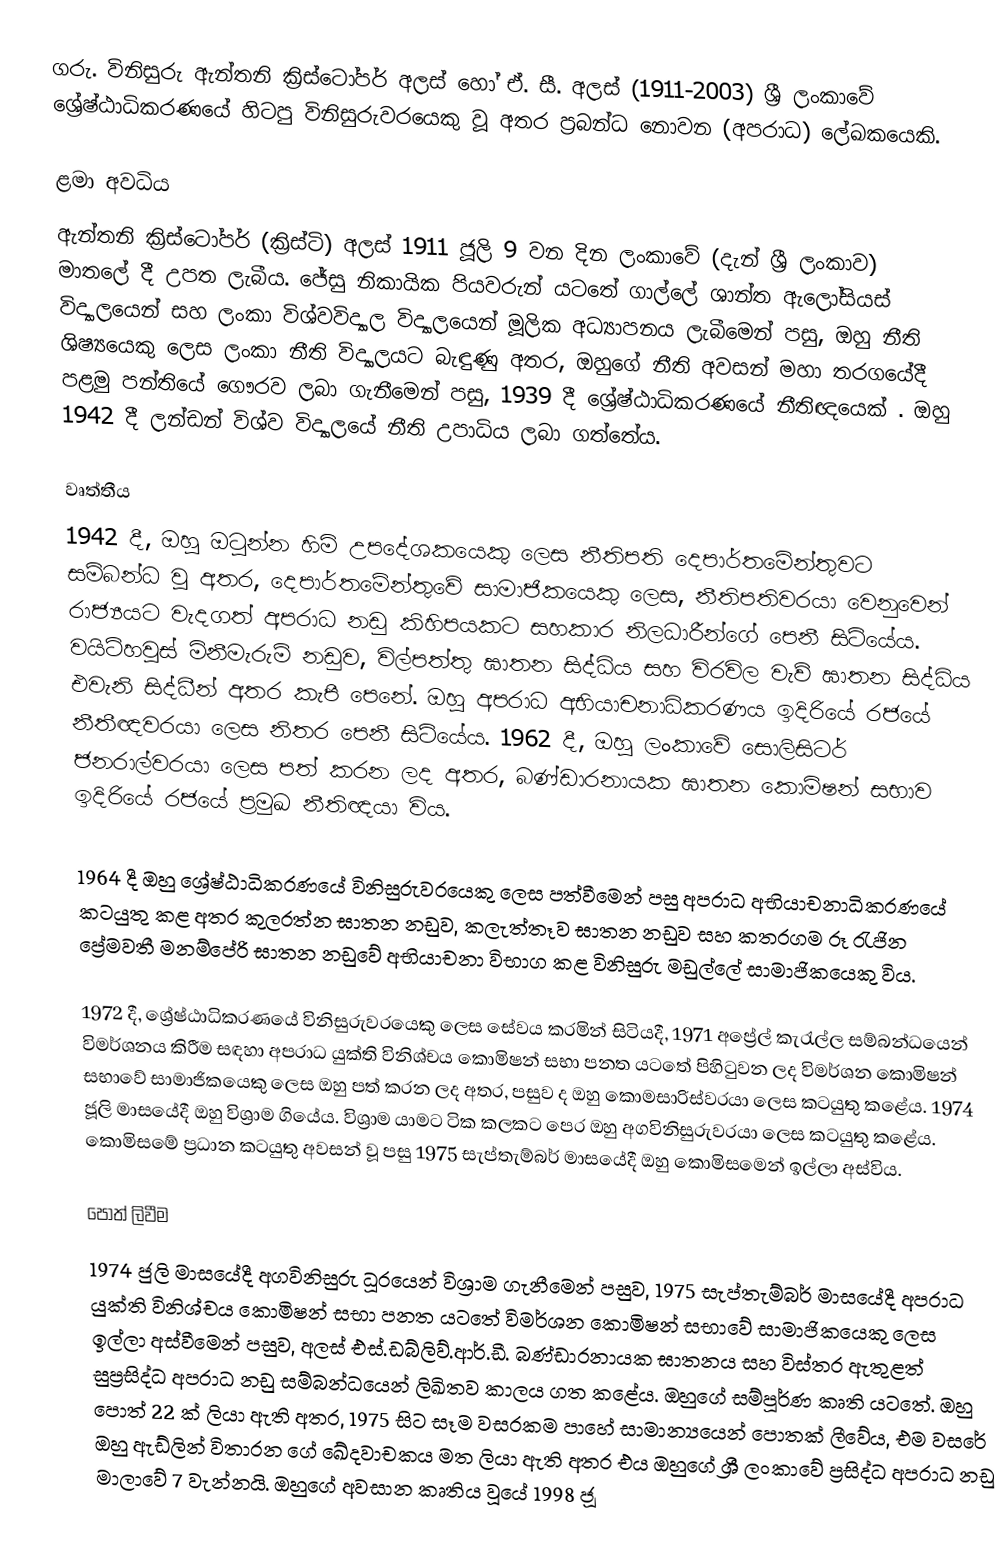
ගරු. විනිසුරු ඇන්තනි ක්‍රිස්ටෝපර් අලස් හෝ ඒ. සී. අලස් (1911-2003) ශ්‍රී ලංකාවේ ශ්‍රේෂ්ඨාධිකරණයේ හිටපු විනිසුරුවරයෙකු වූ අතර ප්‍රබන්ධ නොවන (අපරාධ) ලේඛකයෙකි.

ළමා අවධිය
ඇන්තනි ක්‍රිස්ටෝපර් (ක්‍රිස්ටි) අලස් 1911 ජූලි 9 වන දින ලංකාවේ (දැන් ශ්‍රී ලංකාව) මාතලේ දී උපත ලැබීය. ජේසු නිකායික පියවරුන් යටතේ ගාල්ලේ ශාන්ත ඇලෝසියස් විද්‍යාලයෙන් සහ ලංකා විශ්වවිද්‍යාල විද්‍යාලයෙන් මූලික අධ්‍යාපනය ලැබීමෙන් පසු, ඔහු නීති ශිෂ්‍යයෙකු ලෙස ලංකා නීති විද්‍යාලයට බැඳුණු අතර, ඔහුගේ නීති අවසන් මහා තරගයේදී පළමු පන්තියේ ගෞරව ලබා ගැනීමෙන් පසු, 1939 දී ශ්‍රේෂ්ඨාධිකරණයේ නීතිඥයෙක් . ඔහු 1942 දී ලන්ඩන් විශ්ව විද්‍යාලයේ නීති උපාධිය ලබා ගත්තේය.

වෘත්තීය
1942 දී, ඔහු ඔටුන්න හිමි උපදේශකයෙකු ලෙස නීතිපති දෙපාර්තමේන්තුවට සම්බන්ධ වූ අතර, දෙපාර්තමේන්තුවේ සාමාජිකයෙකු ලෙස, නීතිපතිවරයා වෙනුවෙන් රාජ්‍යයට වැදගත් අපරාධ නඩු කිහිපයකට සහකාර නිලධාරීන්ගේ පෙනී සිටියේය. වයිට්හවුස් මිනීමැරුම් නඩුව, විල්පත්තු ඝාතන සිද්ධිය සහ විරවිල වැව් ඝාතන සිද්ධිය එවැනි සිද්ධීන් අතර කැපී පෙනේ. ඔහු අපරාධ අභියාචනාධිකරණය ඉදිරියේ රජයේ නීතීඥවරයා ලෙස නිතර පෙනී සිටියේය. 1962 දී, ඔහු ලංකාවේ සොලිසිටර් ජනරාල්වරයා ලෙස පත් කරන ලද අතර, බණ්ඩාරනායක ඝාතන කොමිෂන් සභාව ඉදිරියේ රජයේ ප්‍රමුඛ නීතිඥයා විය.

1964 දී ඔහු ශ්‍රේෂ්ඨාධිකරණයේ විනිසුරුවරයෙකු ලෙස පත්වීමෙන් පසු අපරාධ අභියාචනාධිකරණයේ කටයුතු කළ අතර කුලරත්න ඝාතන නඩුව, කලැත්තෑව ඝාතන නඩුව සහ කතරගම රූ රැජින ප්‍රේමවතී මනම්පේරි ඝාතන නඩුවේ අභියාචනා විභාග කළ විනිසුරු මඩුල්ලේ සාමාජිකයෙකු විය.

1972 දී, ශ්‍රේෂ්ඨාධිකරණයේ විනිසුරුවරයෙකු ලෙස සේවය කරමින් සිටියදී, 1971 අප්‍රේල් කැරැල්ල සම්බන්ධයෙන් විමර්ශනය කිරීම සඳහා අපරාධ යුක්ති විනිශ්චය කොමිෂන් සභා පනත යටතේ පිහිටුවන ලද විමර්ශන කොමිෂන් සභාවේ සාමාජිකයෙකු ලෙස ඔහු පත් කරන ලද අතර, පසුව ද ඔහු කොමසාරිස්වරයා ලෙස කටයුතු කළේය. 1974 ජූලි මාසයේදී ඔහු විශ්‍රාම ගියේය. විශ්‍රාම යාමට ටික කලකට පෙර ඔහු අගවිනිසුරුවරයා ලෙස කටයුතු කළේය. කොමිසමේ ප්‍රධාන කටයුතු අවසන් වූ පසු 1975 සැප්තැම්බර් මාසයේදී ඔහු කොමිසමෙන් ඉල්ලා අස්විය.

පොත් ලිවීම
1974 ජුලි මාසයේදී අගවිනිසුරු ධූරයෙන් විශ්‍රාම ගැනීමෙන් පසුව, 1975 සැප්තැම්බර් මාසයේදී අපරාධ යුක්ති විනිශ්චය කොමිෂන් සභා පනත යටතේ විමර්ශන කොමිෂන් සභාවේ සාමාජිකයෙකු ලෙස ඉල්ලා අස්වීමෙන් පසුව, අලස් එස්.ඩබ්ලිව්.ආර්.ඩී. බණ්ඩාරනායක ඝාතනය සහ විස්තර ඇතුළත් සුප්‍රසිද්ධ අපරාධ නඩු සම්බන්ධයෙන් ලිඛිතව කාලය ගත කළේය. ඔහුගේ සම්පූර්ණ කෘති යටතේ. ඔහු පොත් 22 ක් ලියා ඇති අතර, 1975 සිට සෑම වසරකම පාහේ සාමාන්‍යයෙන් පොතක් ලීවේය, එම වසරේ ඔහු ඇඩ්ලින් විතාරන ගේ ඛේදවාචකය මත ලියා ඇති අතර එය ඔහුගේ ශ්‍රී ලංකාවේ ප්‍රසිද්ධ අපරාධ නඩු මාලාවේ 7 වැන්නයි. ඔහුගේ අවසාන කෘතිය වූයේ 1998 ජූ